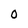
Character: 0